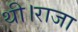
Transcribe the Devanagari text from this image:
थी।राजा